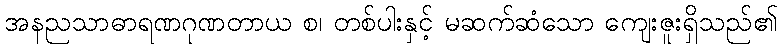
အနညသာဓာရဏဂုဏတာယ စ၊ တစ်ပါးနှင့် မဆက်ဆံသော ကျေးဇူးရှိသည်၏